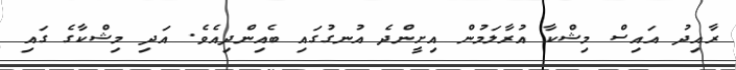
ރާއިދު އައިސް މިޝްކާ އުރާލަމުން އިށީންދެ އުނގުގައި ބެއިންދިއެވެ. އަދި މިޝްކާގެ ގައި